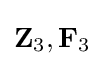
\mathbf {Z} _{3},\mathbf {F} _{3}